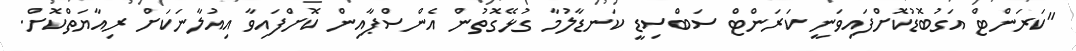
"ކަރަންޓް އަގުބޮޑުކޮށްފައިވަނީ ކަރަންޓް ސަބްސިޑީ ކަނޑާލުމާ ގުޅޭގޮތުން އެންސްޕާއިން ކޮށްފައިވާ އިއުލާނަކަށް ރިއާޔަތްކޮށް.